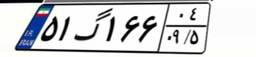
۸۴گ۸۲۷۴۵